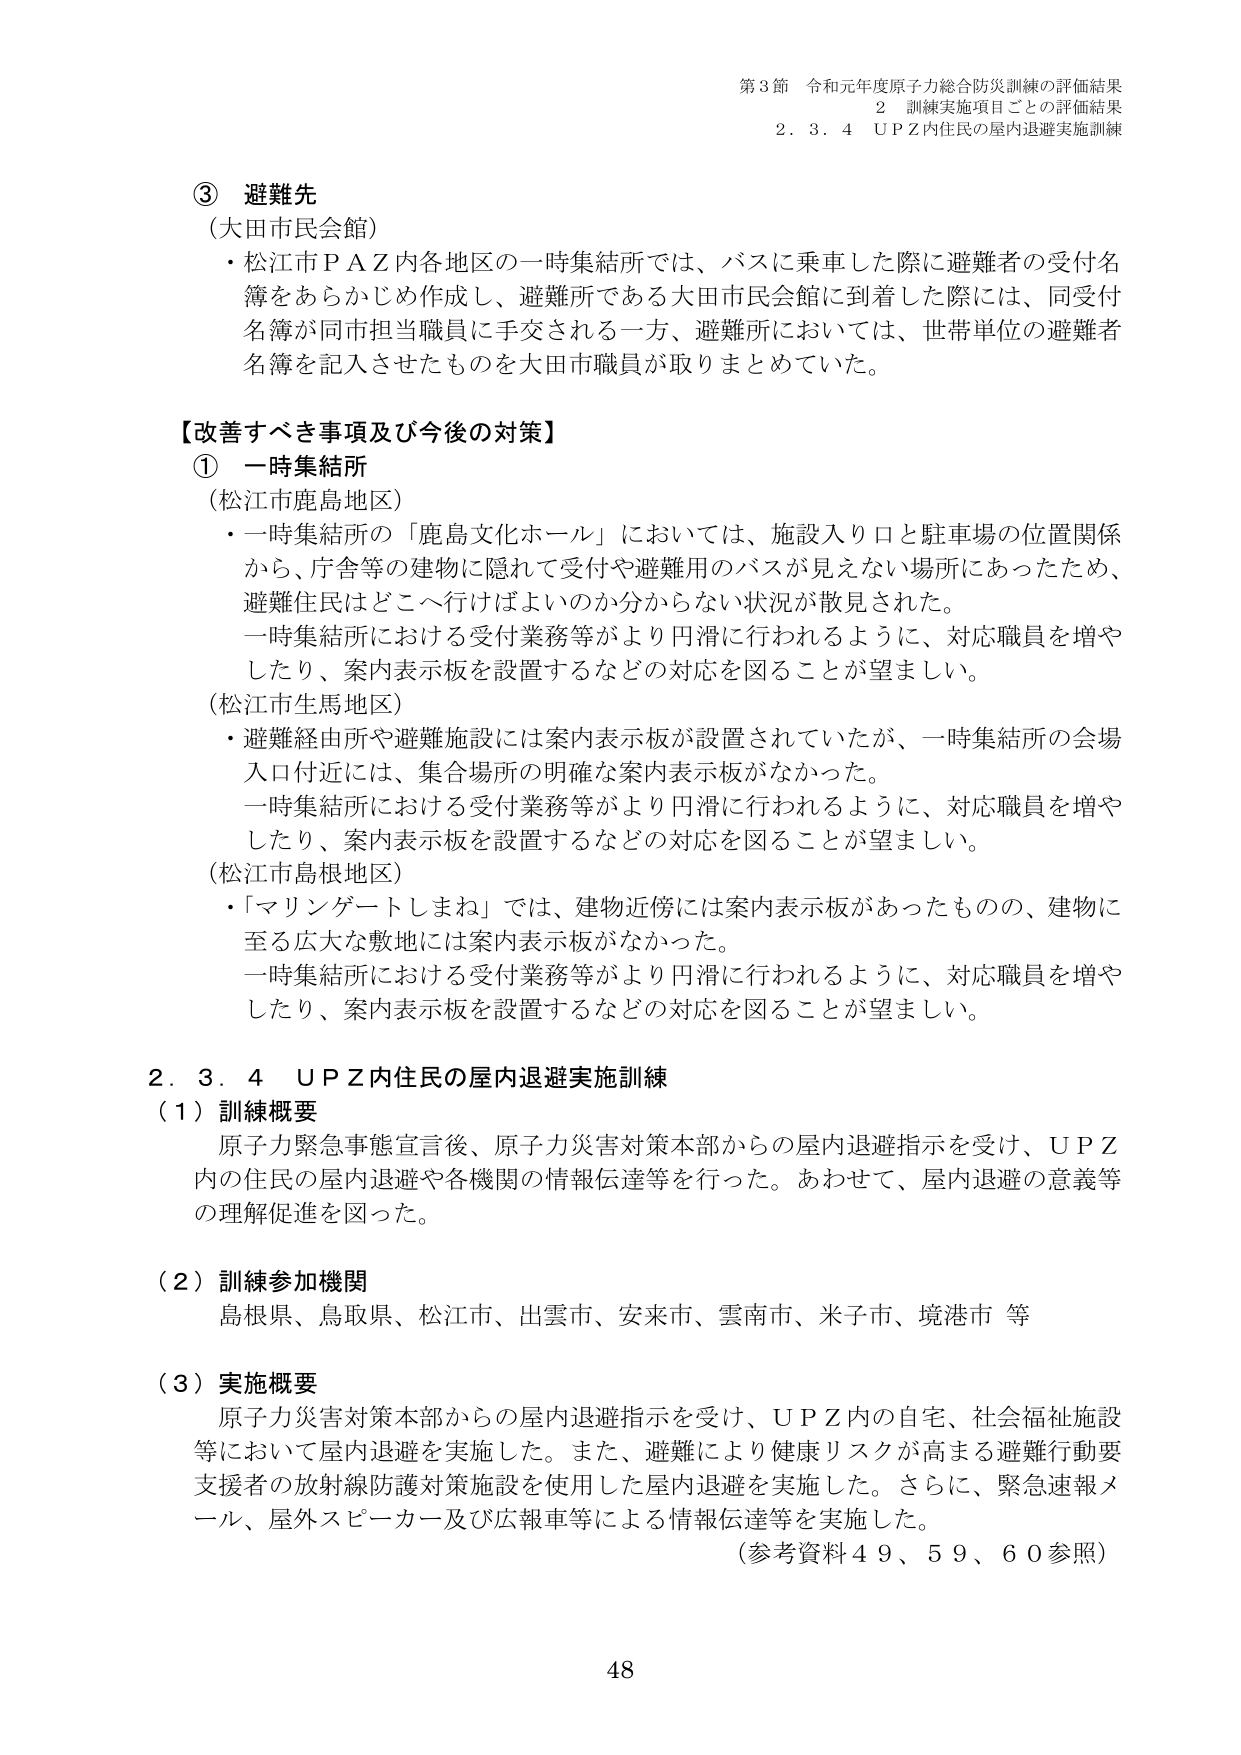
第3節 令和元年度原子力総合防災訓練の評価結果
2 訓練実施項目ごとの評価結果
2．3．4 ＵＰＺ内住民の屋内退避実施訓練

③ 避難先
（大田市民会館）
・松江市ＰＡＺ内各地区の一時集結所では、バスに乗車した際に避難者の受付名簿をあらかじめ作成し、避難所である大田市民会館に到着した際には、同受付名簿が同市担当職員に手交される一方、避難所においては、世帯単位の避難者名簿を記入させたものを大田市職員が取りまとめていた。

【改善すべき事項及び今後の対策】
① 一時集結所
（松江市鹿島地区）
・一時集結所の「鹿島文化ホール」においては、施設入り口と駐車場の位置関係から、庁舎等の建物に隠れて受付や避難用のバスが見えない場所にあったため、避難住民はどこへ行けばよいのか分からない状況が散見された。
一時集結所における受付業務等がより円滑に行われるように、対応職員を増やしたり、案内表示板を設置するなどの対応を図ることが望ましい。

（松江市生馬地区）
・避難経由所や避難施設には案内表示板が設置されていたが、一時集結所の会場入口付近には、集合場所の明確な案内表示板がなかった。
一時集結所における受付業務等がより円滑に行われるように、対応職員を増やしたり、案内表示板を設置するなどの対応を図ることが望ましい。

（松江市島根地区）
・「マリンゲートしまね」では、建物近傍には案内表示板があったものの、建物に至る広大な敷地には案内表示板がなかった。
一時集結所における受付業務等がより円滑に行われるように、対応職員を増やしたり、案内表示板を設置するなどの対応を図ることが望ましい。

2．3．4 ＵＰＺ内住民の屋内退避実施訓練
（1）訓練概要
原子力緊急事態宣言後、原子力災害対策本部からの屋内退避指示を受け、ＵＰＺ内の住民の屋内退避や各機関の情報伝達等を行った。あわせて、屋内退避の意義等の理解促進を図った。

（2）訓練参加機関
島根県、鳥取県、松江市、出雲市、安来市、雲南市、米子市、境港市 等

（3）実施概要
原子力災害対策本部からの屋内退避指示を受け、ＵＰＺ内の自宅、社会福祉施設等において屋内退避を実施した。また、避難により健康リスクが高まる避難行動要支援者の放射線防護対策施設を使用した屋内退避を実施した。さらに、緊急速報メール、屋外スピーカー及び広報車等による情報伝達等を実施した。
（参考資料49、59、60参照）

48